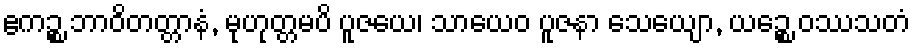
ဧကဉ္စ ဘာဝိတတ္တာနံ, မုဟုတ္တမပိ ပူဇယေ၊ သာယေဝ ပူဇနာ သေယျော, ယဉ္စေ ဝဿသတံ